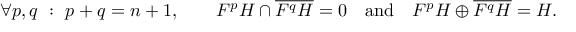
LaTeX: \forall p , q \ : \ p + q = n + 1 , \qquad F ^ { p } H \cap { \overline { { F ^ { q } H } } } = 0 \quad { \mathrm { a n d } } \quad F ^ { p } H \oplus { \overline { { F ^ { q } H } } } = H .